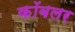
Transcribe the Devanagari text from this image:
कॉबलर